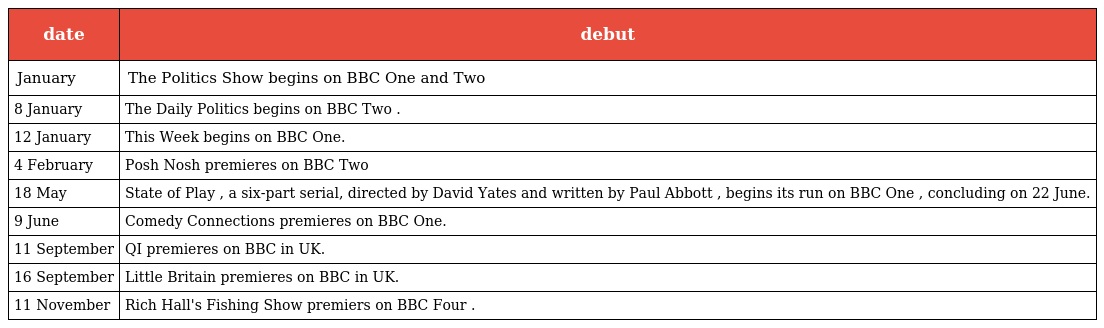
| date | debut |
 | --- | --- |
 | January | The Politics Show begins on BBC One and Two |
 | 8 January | The Daily Politics begins on BBC Two . |
 | 12 January | This Week begins on BBC One. |
 | 4 February | Posh Nosh premieres on BBC Two |
 | 18 May | State of Play , a six-part serial, directed by David Yates and written by Paul Abbott , begins its run on BBC One , concluding on 22 June. |
 | 9 June | Comedy Connections premieres on BBC One. |
 | 11 September | QI premieres on BBC in UK. |
 | 16 September | Little Britain premieres on BBC in UK. |
 | 11 November | Rich Hall's Fishing Show premiers on BBC Four . |